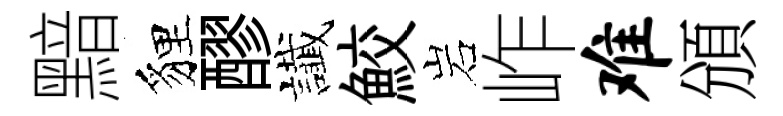
黯貍醪䜟鮫岩岞难頒